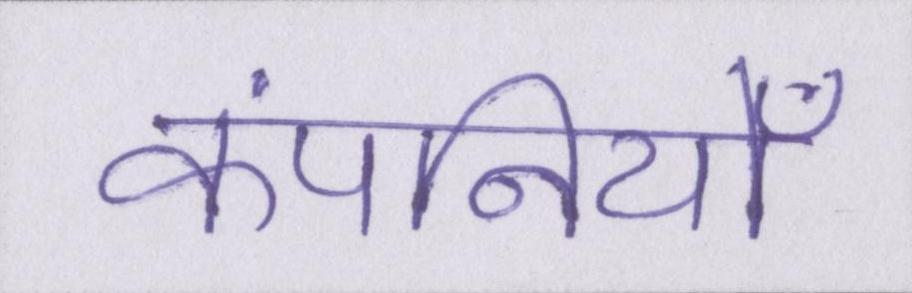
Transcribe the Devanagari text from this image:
कंपनियोँ